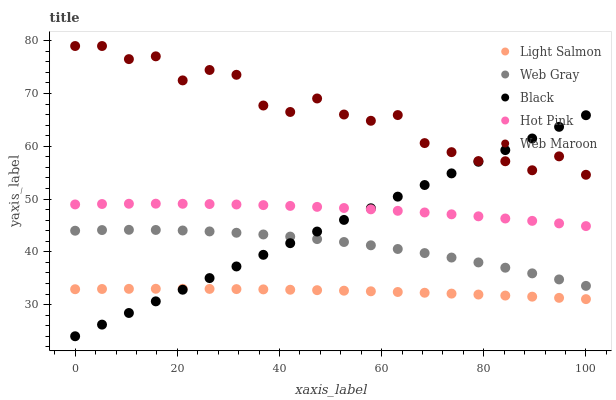
| xaxis_label | Light Salmon | Web Gray | Black | Hot Pink | Web Maroon |
 | --- | --- | --- | --- | --- | --- |
 | 0 | 32.9 | 44 | 24 | 49 | 79 |
 | 5.26 | 33 | 44.1 | 26.2 | 49.1 | 79 |
 | 10.5 | 33 | 44.2 | 28.4 | 49.1 | 76.5 |
 | 15.8 | 33 | 44.1 | 30.6 | 49.1 | 77 |
 | 21.1 | 33 | 44 | 32.8 | 49.1 | 72.5 |
 | 26.3 | 33 | 43.9 | 35 | 49.1 | 74.5 |
 | 31.6 | 32.9 | 43.6 | 37.2 | 49 | 73.5 |
 | 36.8 | 32.9 | 43.3 | 39.4 | 48.9 | 67.7 |
 | 42.1 | 32.8 | 42.9 | 41.6 | 48.7 | 66.5 |
 | 47.4 | 32.7 | 42.4 | 43.8 | 48.5 | 69.1 |
 | 52.6 | 32.6 | 41.9 | 46 | 48.3 | 66 |
 | 57.9 | 32.5 | 41.2 | 48.3 | 48.1 | 64.8 |
 | 63.2 | 32.4 | 40.5 | 50.5 | 47.8 | 65.9 |
 | 68.4 | 32.2 | 39.8 | 52.7 | 47.5 | 60.6 |
 | 73.7 | 32.1 | 38.9 | 54.9 | 47.1 | 58.9 |
 | 78.9 | 31.9 | 38 | 57.1 | 46.7 | 57.2 |
 | 84.2 | 31.7 | 37 | 59.3 | 46.3 | 57.2 |
 | 89.5 | 31.5 | 35.9 | 61.5 | 45.9 | 55.5 |
 | 94.7 | 31.3 | 34.8 | 63.7 | 45.4 | 58.1 |
 | 100 | 31 | 33.5 | 65.9 | 44.9 | 54.6 |